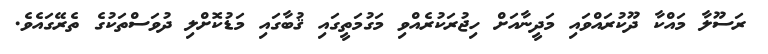
ރަސޫލާ މައްކާ ދޫކުރައްވައި މަދީނާއަށް ހިޖުރަކުރެއްވި މަގުމަތީގައި ޤުބާގައި މަޑުކޮށްލި ދުވަސްތަކުގެ ތެރޭގައެވެ.